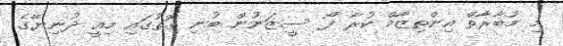
މި މުބާރާތް އިންތިޒާމް ކުރާ ފޯ ސީޒަނުން ބުނި ގޮތުގައި މިއީ ދުނިޔޭގެ